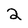
Character: 2